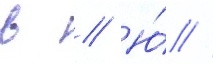
в // Ю́ //